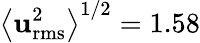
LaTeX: \left\langle\mathbf{u}_{\mathrm{{rms}}}^{2}\right\rangle^{1/2}=1.58